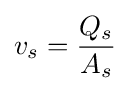
v_{s}={\frac {Q_{s}}{A_{s}}}